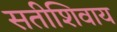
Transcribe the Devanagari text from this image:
सतीशिवाय